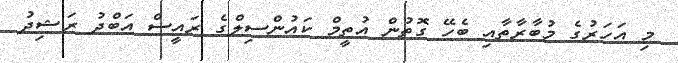
މި އަހަރުގެ މުބާރާތާއި ބެހޭ ގޮތުން އުތީމް ކައުންސިލްގެ ރައީސް އަބްދު ރަޝިދު